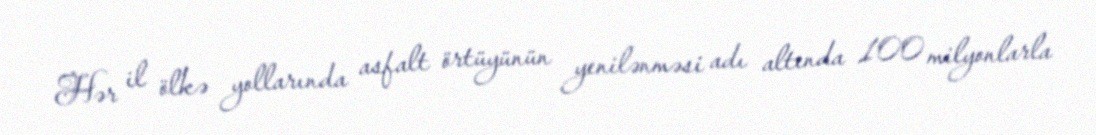
Hər il ölkə yollarında asfalt örtüyünün yenilənməsi adı altında 100 milyonlarla